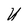
Character: U